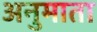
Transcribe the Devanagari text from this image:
अनुमाता